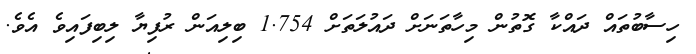
ހިސާބުތައް ދައްކާ ގޮތުން މިހާތަނަށް ދައުލަތަށް 1.754 ބިލިއަން ރުފިޔާ ލިބިފައިވެ އެވެ.